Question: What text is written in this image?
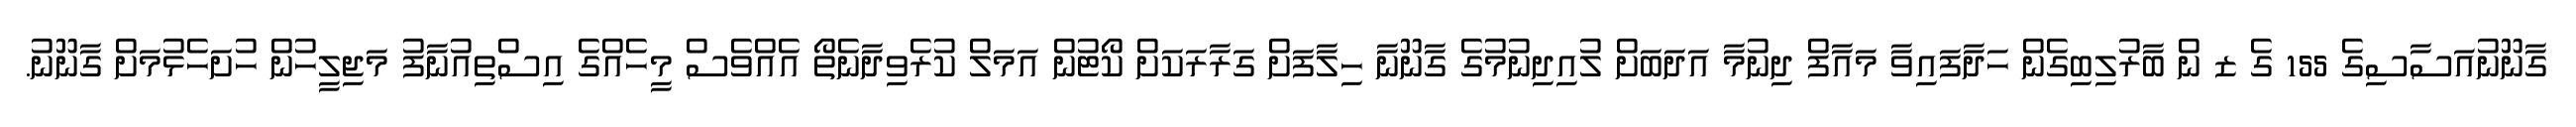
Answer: ގާނޫނުއަސާސިގެ 155 ގެ ޒ ން ބާރުލިބިގެން ހަދާފައިވާ މައާފް ދިނުމާ އަދަބަށް ލުއިދިނުމުގެ ގާނޫނާ ހިލާފަށް ގަރާރަކަށް ކޯޓުން އަމަލް ކުރެވިދާނެތޯ އެއްވެސް މީހެއްގެ އިސްތިއުނާފު މަޖިލީހުން ހުށަހެޅުމަށް ގާނޫނު.